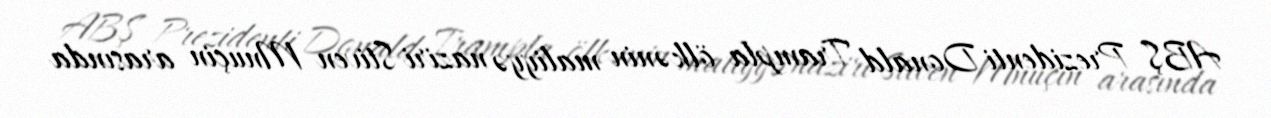
ABŞ Prezidenti Donald Trampla ölkənin maliyyə naziri Stiven Mnuçin arasında